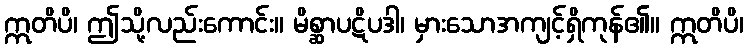
ဣတိပိ၊ ဤသို့လည်းကောင်း။ မိစ္ဆာပဋိပဒါ၊ မှားသောအကျင့်ရှိကုန်၏။ ဣတိပိ၊